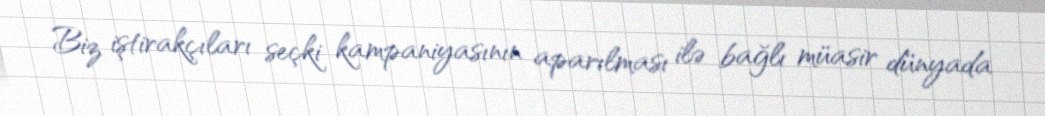
Biz iştirakçıları seçki kampaniyasının aparılması ilə bağlı müasir dünyada